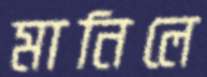
মানিলে